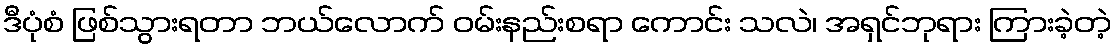
ဒီပုံစံ ဖြစ်သွားရတာ ဘယ်လောက် ဝမ်းနည်းစရာ ကောင်း သလဲ၊ အရှင်ဘုရား ကြားခဲ့တဲ့